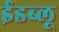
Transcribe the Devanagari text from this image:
ईडब्लू